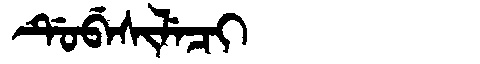
Manchu: ᡩᡠᠪᡝᠰᡳᠯᡝᠴᡳ
Romanization: DUBESILECI